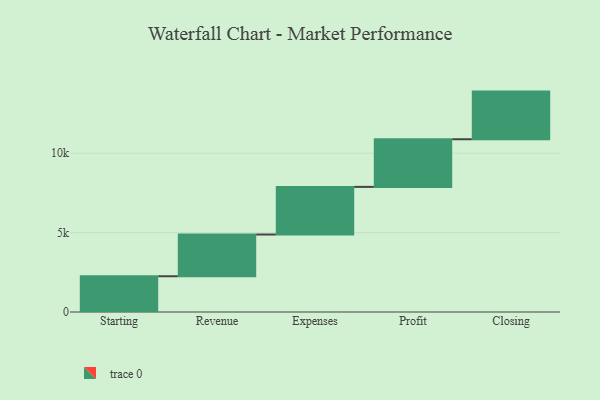
{"axis": {"x": "Step", "y": "Value"}, "legend": [""], "data": [{"x": "Starting", "y": 2251.0, "type": ""}, {"x": "Revenue", "y": 2628.0, "type": ""}, {"x": "Expenses", "y": 3000, "type": ""}, {"x": "Profit", "y": 3000, "type": ""}, {"x": "Closing", "y": 3000, "type": ""}]}